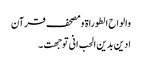
والواح الطوراۃ ومصحف قرآن
ادین بدین الحب انی توجھت ۔